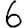
Digit: 6